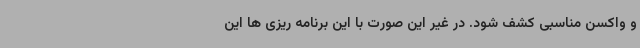
و واکسن مناسبی کشف شود. در غیر این صورت با این برنامه ریزی ها این